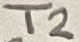
Text: T2